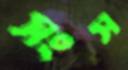
সংস